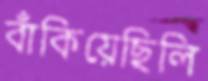
বাঁকিয়েছিলি